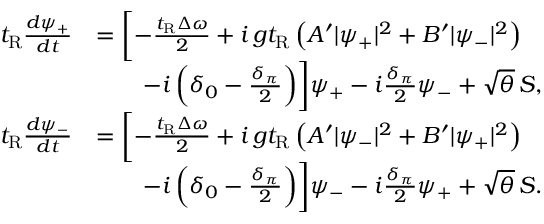
\begin{array} { r l } { t _ { \mathrm { R } } \frac { d \psi _ { + } } { d t } } & { = \biggl [ - \frac { t _ { \mathrm { R } } \Delta \omega } { 2 } + i \, g t _ { \mathrm { R } } \left( A ^ { \prime } | \psi _ { + } | ^ { 2 } + B ^ { \prime } | \psi _ { - } | ^ { 2 } \right) } \\ & { \qquad - i \left( \delta _ { 0 } - \frac { \delta _ { \pi } } { 2 } \right) \biggr ] \psi _ { + } - i \frac { \delta _ { \pi } } { 2 } \psi _ { - } + \sqrt { \theta } \, S , } \\ { t _ { \mathrm { R } } \frac { d \psi _ { - } } { d t } } & { = \biggl [ - \frac { t _ { \mathrm { R } } \Delta \omega } { 2 } + i \, g t _ { \mathrm { R } } \left( A ^ { \prime } | \psi _ { - } | ^ { 2 } + B ^ { \prime } | \psi _ { + } | ^ { 2 } \right) } \\ & { \qquad - i \left( \delta _ { 0 } - \frac { \delta _ { \pi } } { 2 } \right) \biggr ] \psi _ { - } - i \frac { \delta _ { \pi } } { 2 } \psi _ { + } + \sqrt { \theta } \, S . } \end{array}